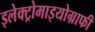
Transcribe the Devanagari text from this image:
इलेक्ट्रोमाइयोग्राफी